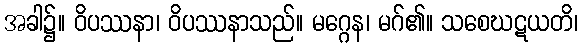
အခါ၌။ ဝိပဿနာ၊ ဝိပဿနာသည်။ မဂ္ဂေန၊ မဂ်၏။ သစေဃဋယတိ၊